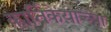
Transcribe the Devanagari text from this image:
कार्तिकेयाच्या